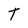
Character: T